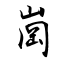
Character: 崗